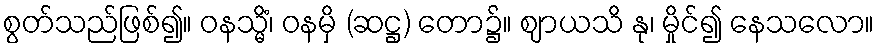
စွတ်သည်ဖြစ်၍။ ဝနသ္မိံ၊ ဝနမှိ (ဆဋ္ဌ) တော၌။ ဈာယသိ နု၊ မှိုင်၍ နေသလော။